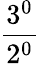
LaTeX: \frac{3^{0}}{2^{0}}